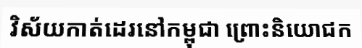
វិស័យកាត់ដេរនៅកម្ពុជា ព្រោះនិយោជក